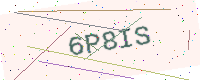
Text: 6P8IS